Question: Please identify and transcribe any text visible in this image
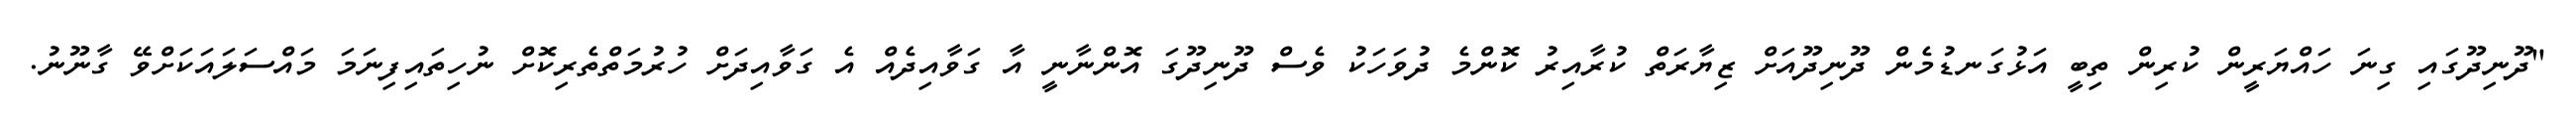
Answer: "ދޫނިދޫގައި ގިނަ ހައްޔަރީން ކުރިން ތިބީ އަޅުގަނޑުމެން ދޫނިދޫއަށް ޒިޔާރަތް ކުރާއިރު ކޮންމެ ދުވަހަކު ވެސް ދޫނިދޫގަ އޮންނާނީ އާ ގަވާއިދެއް އެ ގަވާއިދަށް ހުރުމަތްތެރިކޮށް ނުހިތައިފިނަމަ މައްސަލައަކަށްވޭ ގާނޫނު.